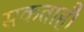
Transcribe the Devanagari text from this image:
सकताहैं।